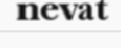
nevat